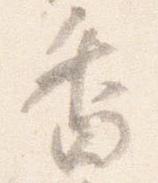
香